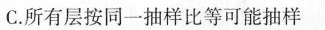
C.所有层按同一抽样比等可能抽样